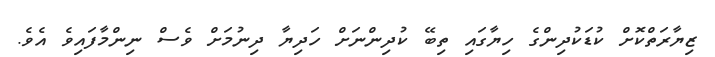
ޒިޔާރަތްކޮށް ކުޑަކުދިންގެ ހިޔާގައި ތިބޭ ކުދިންނަށް ހަދިޔާ ދިނުމަށް ވެސް ނިންމާފައިވެ އެވެ.